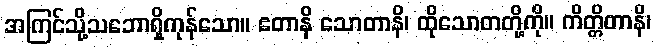
အကြင်သို့သဘောရှိကုန်သော။ ဧတာနိ သောတာနိ၊ ထိုသောတတို့ကို။ ကိတ္တိတာနိ၊